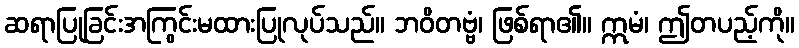
ဆရာပြုခြင်းအကြွင်းမထားပြုလုပ်သည်။ ဘဝိတဗ္ဗံ၊ ဖြစ်ရာ၏။ ဣမံ၊ ဤတပည့်ကို။